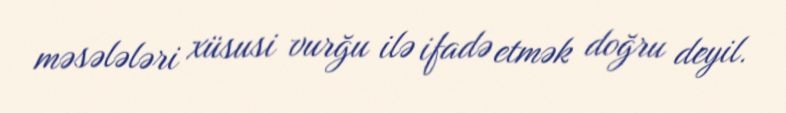
məsələləri xüsusi vurğu ilə ifadə etmək doğru deyil.